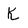
Character: K